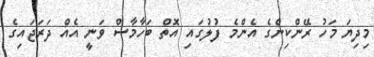
މިދިޔަ މަހު ރޭންކިންގެ އެންމެ ފުލުގައި އޮތް ބަހާމާސް ވަނީ އެއް ދަރަޖައިގެ